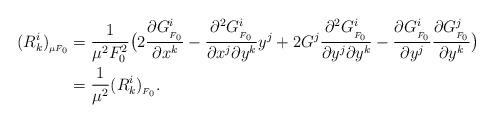
LaTeX: \begin{align*} (R^i_k)_{_{\mu F_0}}&=\frac{1}{\mu^2 F_0^2}\big(2\frac{\partial G^i_{_{F_0}}}{\partial x^k}-\frac{\partial^2 G^i_{_{F_0}}}{\partial x^j \partial y^k}y^j +2G^j\frac{\partial^2 G^i_{_{F_0}}}{\partial y^j \partial y^k} - \frac{\partial G^i_{_{F_0}}}{\partial y^j}\frac{\partial G^j_{_{F_0}}}{\partial y^k}\big)\\&=\frac{1}{\mu^2}(R^i_k)_{_ {F_0}}. \end{align*}